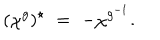
LaTeX: ( \chi ^ { g } ) ^ { \star } \; = \; - \chi ^ { g ^ { - 1 } } .